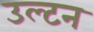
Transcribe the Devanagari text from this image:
उल्टन